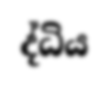
ද්ධිය